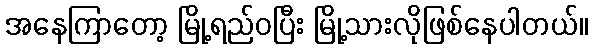
အနေကြာတော့ မြို့ရည်ဝပြီး မြို့သားလိုဖြစ်နေပါတယ်။